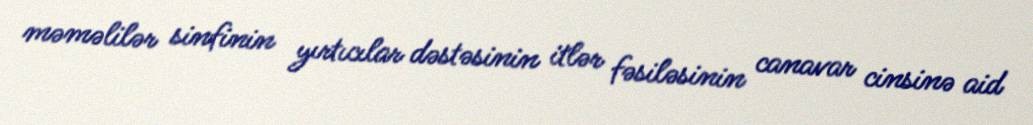
məməlilər sinfinin yırtıcılar dəstəsinin i̇tlər fəsiləsinin canavar cinsinə aid